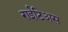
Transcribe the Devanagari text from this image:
राईटिअस